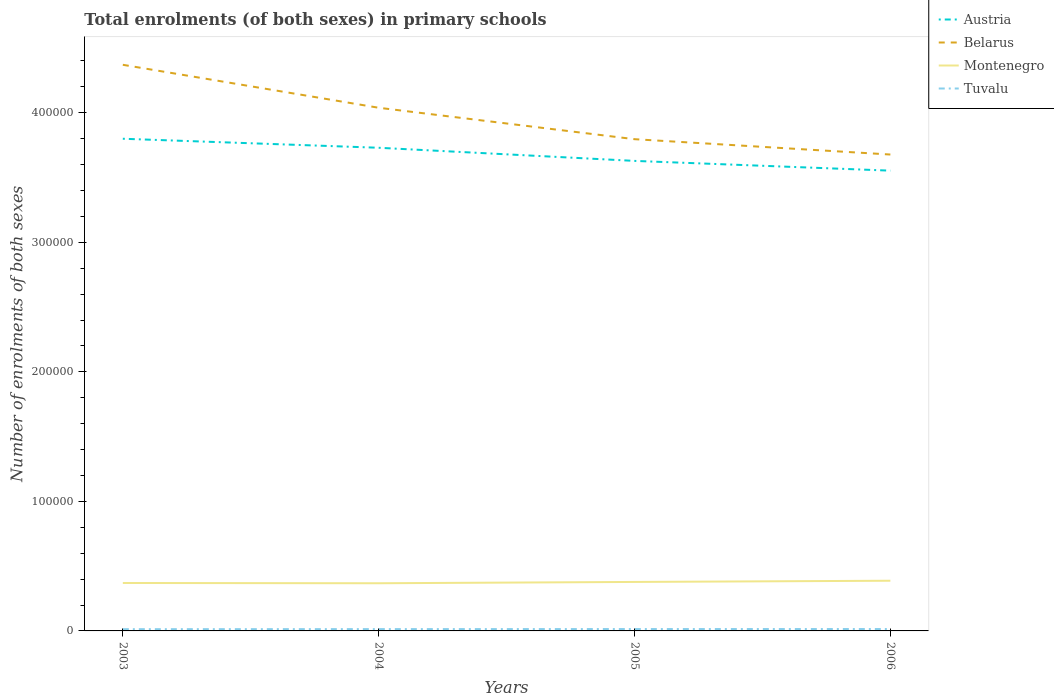
| Years | Austria | Belarus | Montenegro | Tuvalu |
 | --- | --- | --- | --- | --- |
 | 2003 | 3.8e+05 | 4.37e+05 | 3.7e+04 | 1.34e+03 |
 | 2004 | 3.73e+05 | 4.04e+05 | 3.68e+04 | 1.4e+03 |
 | 2005 | 3.63e+05 | 3.8e+05 | 3.78e+04 | 1.45e+03 |
 | 2006 | 3.55e+05 | 3.68e+05 | 3.87e+04 | 1.46e+03 |